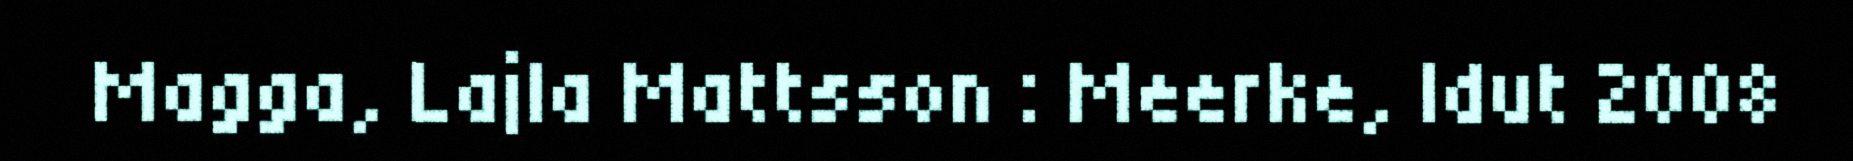
Magga, Lajla Mattsson : Meerke, Idut 2008